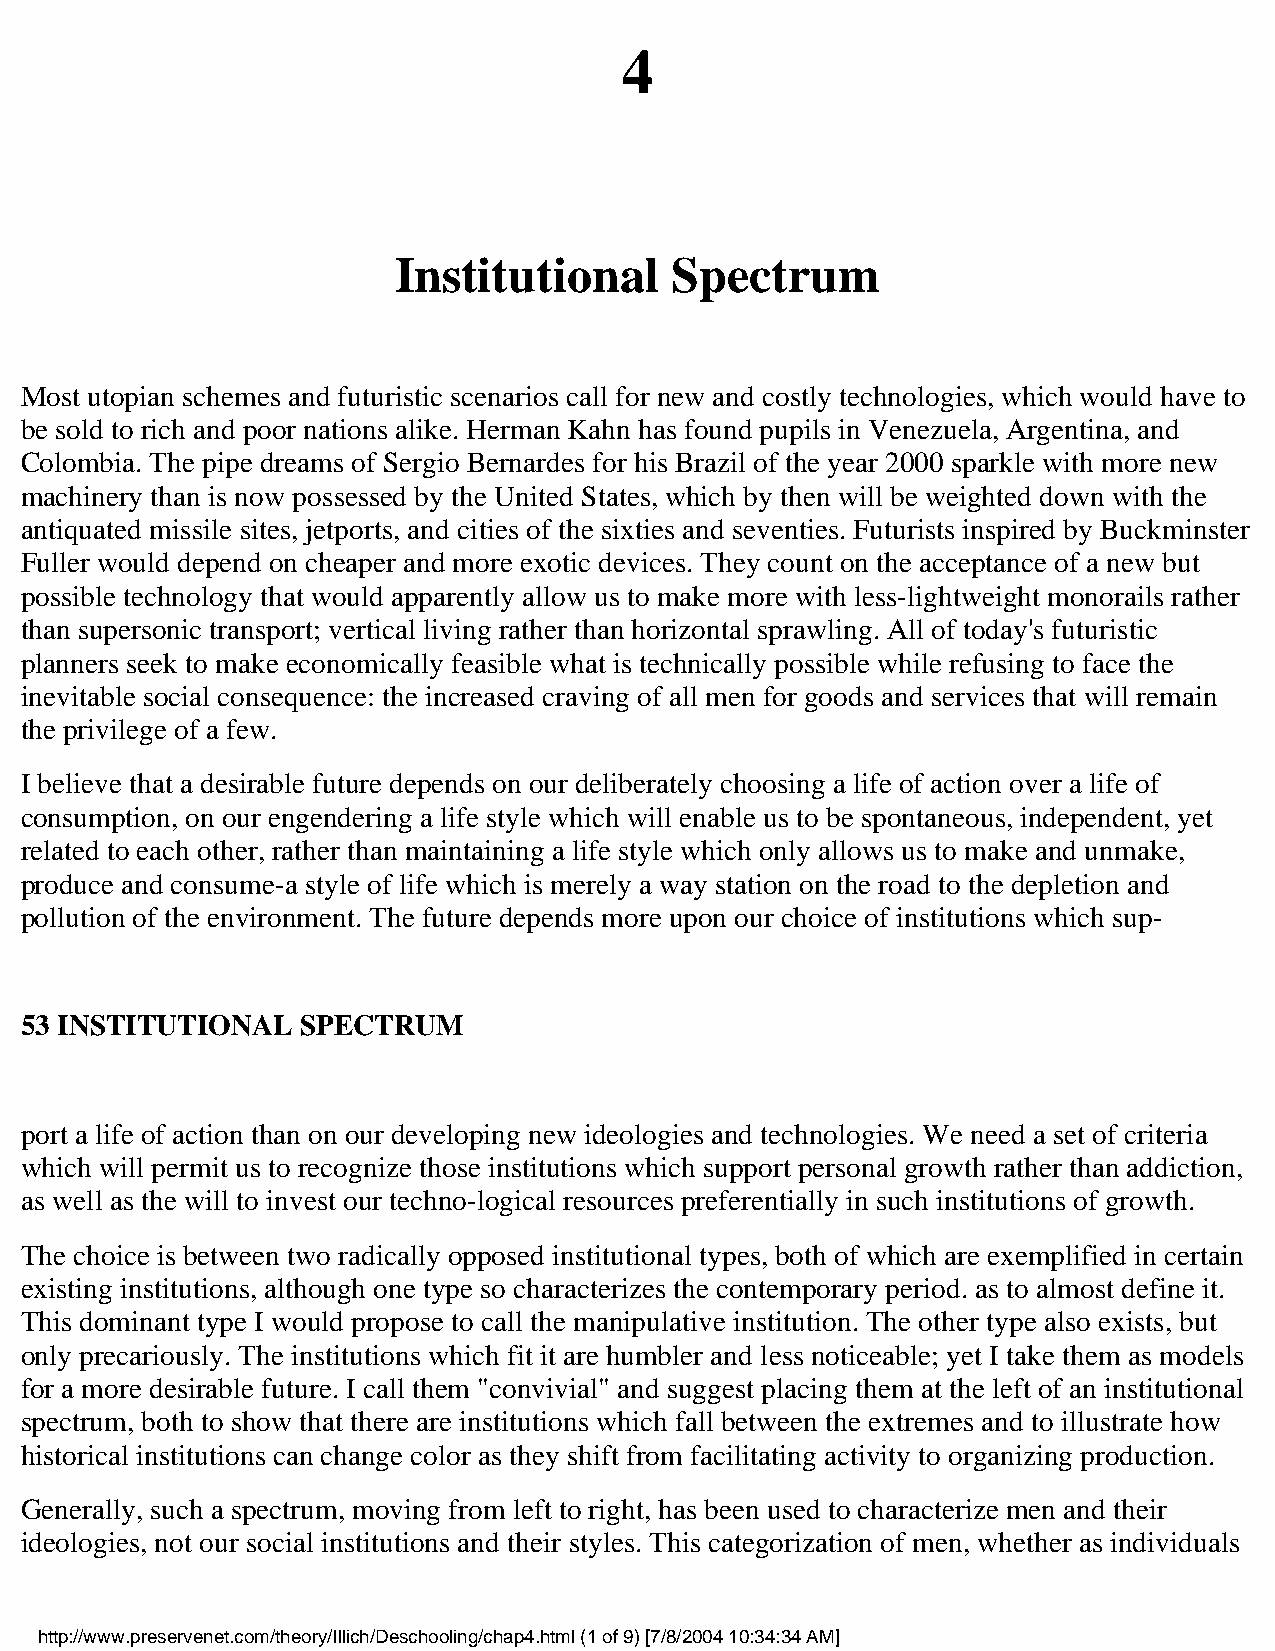
4
 Institutional     Spectrum
 Most utopian schemes and futuristic scenarios call for new and costly technologies, which would have to
 be sold to rich and poor nations alike. Herman Kahn has found pupils in Venezuela, Argentina, and
 Colombia. The pipe dreams of Sergio Bernardes for his Brazil of the year 2000 sparkle with more new
 machinery than is now possessed by the United States, which by then will be weighted down with the
 antiquated missile sites, jetports, and cities of the sixties and seventies. Futurists inspired by Buckminster
 Fuller would depend on cheaper and more exotic devices. They count on the acceptance of a new but
 possible technology that would apparently allow us to make more with less-lightweight monorails rather
 than supersonic transport; vertical living rather than horizontal sprawling. All of today's futuristic
 planners seek to make economically feasible what is technically possible while refusing to face the
 inevitable social consequence: the increased craving of all men for goods and services that will remain
 the privilege of a few.
 I believe that a desirable future depends on our deliberately choosing a life of action over a life of
 consumption, on our engendering a life style which will enable us to be spontaneous, independent, yet
 related to each other, rather than maintaining a life style which only allows us to make and unmake,
 produce and consume-a style of life which is merely a way station on the road to the depletion and
 pollution of the environment. The future depends more upon our choice of institutions which sup-
 53 INSTITUTIONAL   SPECTRUM
 port a life of action than on our developing new ideologies and technologies. We need a set of criteria
 which will permit us to recognize those institutions which support personal growth rather than addiction,
 as well as the will to invest our techno-logical resources preferentially in such institutions of growth.
 The choice is between two radically opposed institutional types, both of which are exemplified in certain
 existing institutions, although one type so characterizes the contemporary period. as to almost define it.
 This dominant type I would propose to call the manipulative institution. The other type also exists, but
 only precariously. The institutions which fit it are humbler and less noticeable; yet I take them as models
 for a more desirable future. I call them "convivial" and suggest placing them at the left of an institutional
 spectrum, both to show that there are institutions which fall between the extremes and to illustrate how
 historical institutions can change color as they shift from facilitating activity to organizing production.
 Generally, such a spectrum, moving from left to right, has been used to characterize men and their
 ideologies, not our social institutions and their styles. This categorization of men, whether as individuals
 http://www.preservenet.com/theory/Illich/Deschooling/chap4.html (1 of 9) [7/8/2004 10:34:34 AM]